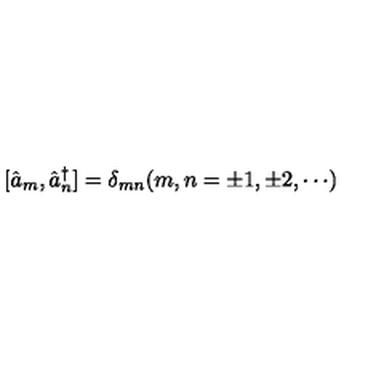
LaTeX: [ \hat { a } _ { m } , \hat { a } _ { n } ^ { \dagger } ] = \delta _ { m n } ( m , n = \pm 1 , \pm 2 , \cdots )